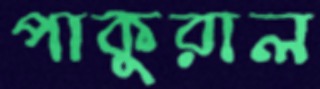
পাকুরাল